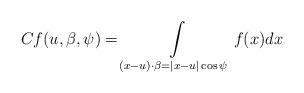
LaTeX: \begin{align*} Cf(u,\beta,\psi)=\int\limits_{(x-u)\cdot\beta=|x-u|\cos \psi}f(x)dx\end{align*}